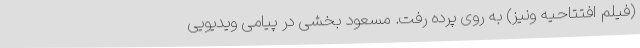
(فیلم افتتاحیه ونیز) به روی پرده رفت. مسعود بخشی در پیامی ویدیویی